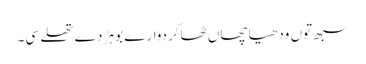
سبھ توں ودھیا چھاں ٹھاکردوارے بوہڑ دے تھلے سی۔